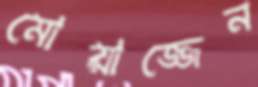
মোয়াজ্জেন